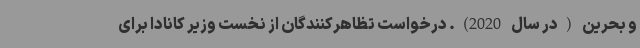
و بحرین (در سال 2020). درخواست تظاهرکنندگان از نخست وزیر کانادا برای